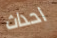
احداث